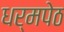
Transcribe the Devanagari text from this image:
धर्मपेठ